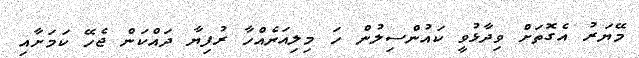
މޭޔަރު އެގޮތަށް ވިދާޅުވީ ކައުންސިލުން ހަ މިލިއަނެއްހާ ރުފިޔާ ދައްކަން ޖެހޭ ކަމަށާއި